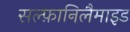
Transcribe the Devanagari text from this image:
सल्फ़ानिलैमाइड